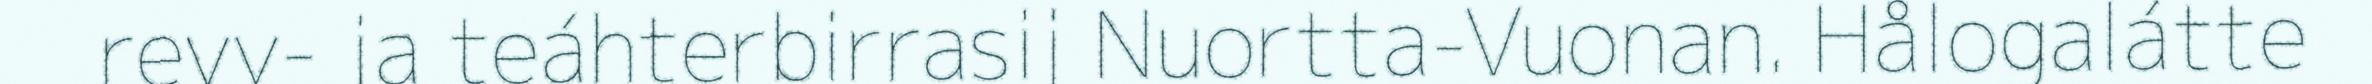
revy- ja teáhterbirrasij Nuortta-Vuonan. Hålogalátte